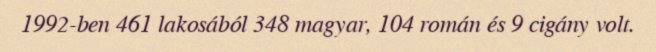
1992-ben 461 lakosából 348 magyar, 104 román és 9 cigány volt.